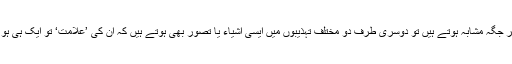
جہاں کچھ اشیاء یا علامات ایسی ہیں جن کے معانی و مطالب ہر جگہ مشابہ ہوتے ہیں تو دوسری طرف دو مختلف تہذیبوں میں ایسی اشیاء یا تصور بھی ہوتے ہیں کہ ان کی ’علامت‘ تو ایک ہی ہو تی ہے لیکن اس کے معنی میں بہت فرق یا تضاد پایا جاتا ہے۔